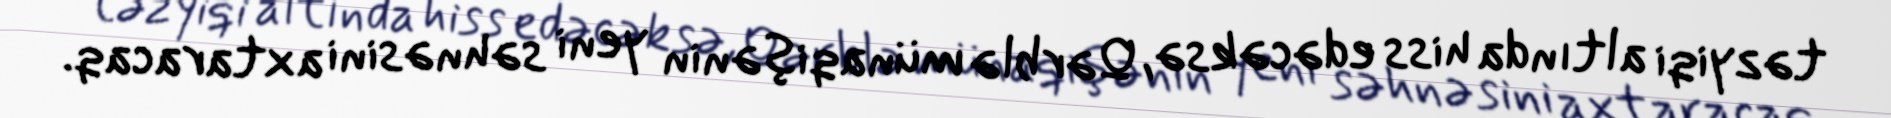
təzyiqi altında hiss edəcəksə, Qərblə münaqişənin yeni səhnəsini axtaracaq.